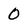
Character: 0